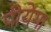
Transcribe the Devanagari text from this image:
पीयेगा